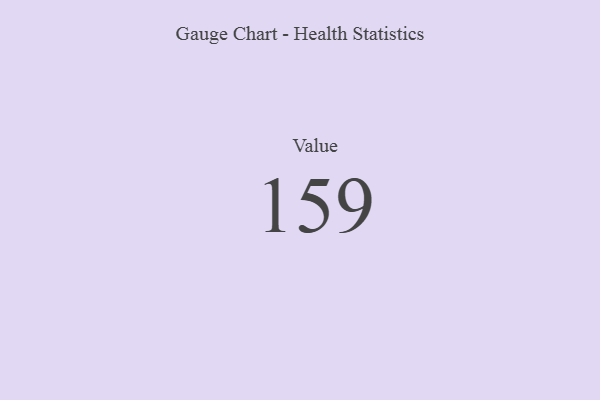
{"axis": {"x": "Metric", "y": "Value"}, "legend": [""], "data": [{"x": "Value", "y": 159, "type": ""}]}